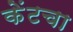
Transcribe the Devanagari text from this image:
केंटचा